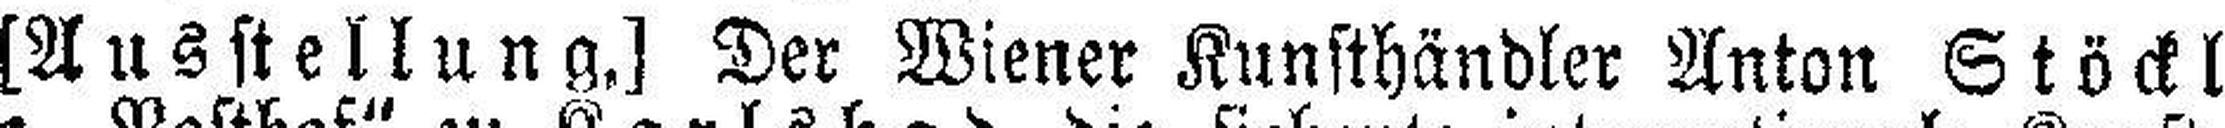
[Ausstellung.] Der Wiener Kunsthändler Anton Stöckl